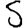
Digit: 5